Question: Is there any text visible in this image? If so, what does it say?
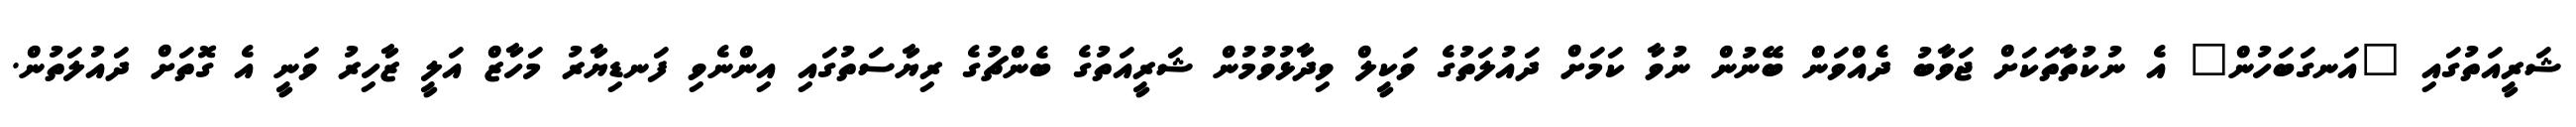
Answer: ޝަރީއަތުގައި "އަނގަބަހުން" އެ ނުކުތާތަކަށް ޖަވާބު ދެއްވަން ބޭނުން ނުވާ ކަމަށް ދައުލަތުގެ ވަކީލް ވިދާޅުވުމުން ޝަރީއަތުގެ ބެންޗުގެ ރިޔާސަތުގައި އިންނެވި ފަނޑިޔާރު މަހާޒް އަލީ ޒާހިރު ވަނީ އެ ގޮތަށް ދައުލަތުން.